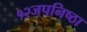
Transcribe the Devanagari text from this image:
१२जपनिष्ठा